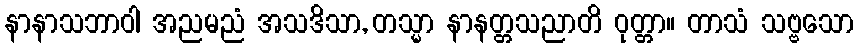
နာနာသဘာဝါ အညမညံ အသဒိသာ, တသ္မာ နာနတ္တသညာတိ ဝုတ္တာ။ တာသံ သဗ္ဗသော